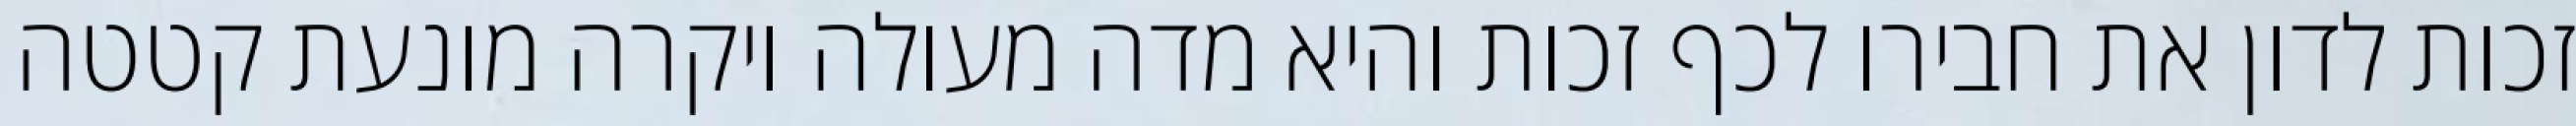
זכות לדון את חבירו לכף זכות והיא מדה מעולה ויקרה מונעת קטטה